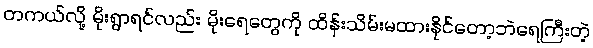
တကယ်လို့ မိုးရွာရင်လည်း မိုးရေတွေကို ထိန်းသိမ်းမထားနိုင်တော့ဘဲရေကြီးတဲ့